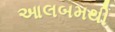
આલબમથી